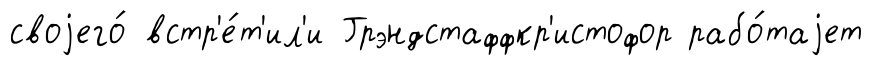
своjего́ встр'е́т'ил'и Грэндстаффкр'истофор рабо́таjет